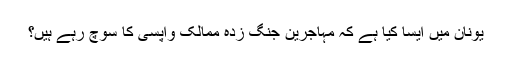
يونان ميں ايسا کيا ہے کہ مہاجرين جنگ زدہ ممالک واپسی کا سوچ رہے ہيں؟